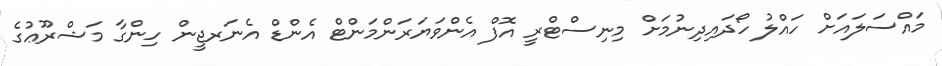
މައްސަލައަށް ހައްލު ހޯދައިދިނުމަށް މިނިސްޓްރީ އޮފް އެންވަޔަރަންމަންޓް އެންޑް އެނަރޖީން ހިންގާ މަޝްރޫޢުގެ